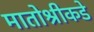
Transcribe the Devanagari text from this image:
मातोश्रीकडे